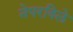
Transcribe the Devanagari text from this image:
नेपरविले